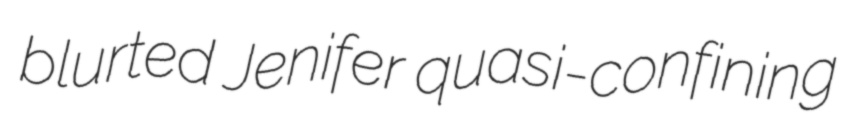
blurted Jenifer quasi-confining